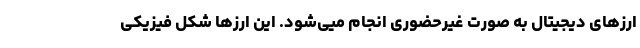
ارزهای دیجیتال به صورت غیرحضوری انجام میی‌شود. این ارزها شکل فیزیکی